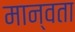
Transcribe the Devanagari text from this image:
मान्वता